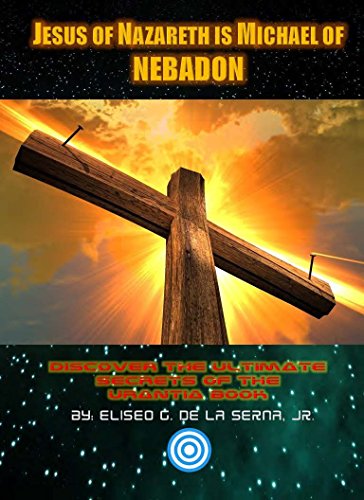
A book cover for Jesus Of Nazareth Is Michael Of NEBADON: Discover The Ultimate Secrets Of The Urantia Book; Eliseo De La Serna Jr.; Religion & Spirituality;